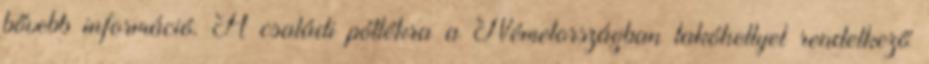
bővebb információ. A családi pótlékra a Németországban lakóhellyel rendelkező